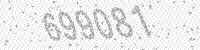
Solution: 699081